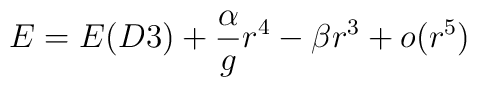
E=E(D3)+\frac{\alpha}{g} r^4-\beta r^3+o(r^5)